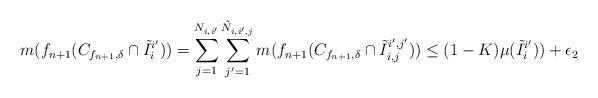
LaTeX: \begin{align*}m(f_{n+1}(C_{f_{n+1}, \delta} \cap \tilde I_i^{i'})) = \sum_{j=1}^{N_{i,i'}} \sum_{j' = 1}^{\tilde N_{i,i',j}}m(f_{n+1}(C_{f_{n+1}, \delta} \cap \tilde I_{i,j}^{i',j'}))\leq (1-K) \mu(\tilde I_i^{i'})) + \epsilon_2 \end{align*}